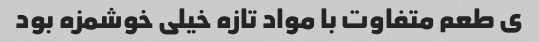
ی طعم متفاوت با مواد تازه خیلی خوشمزه بود